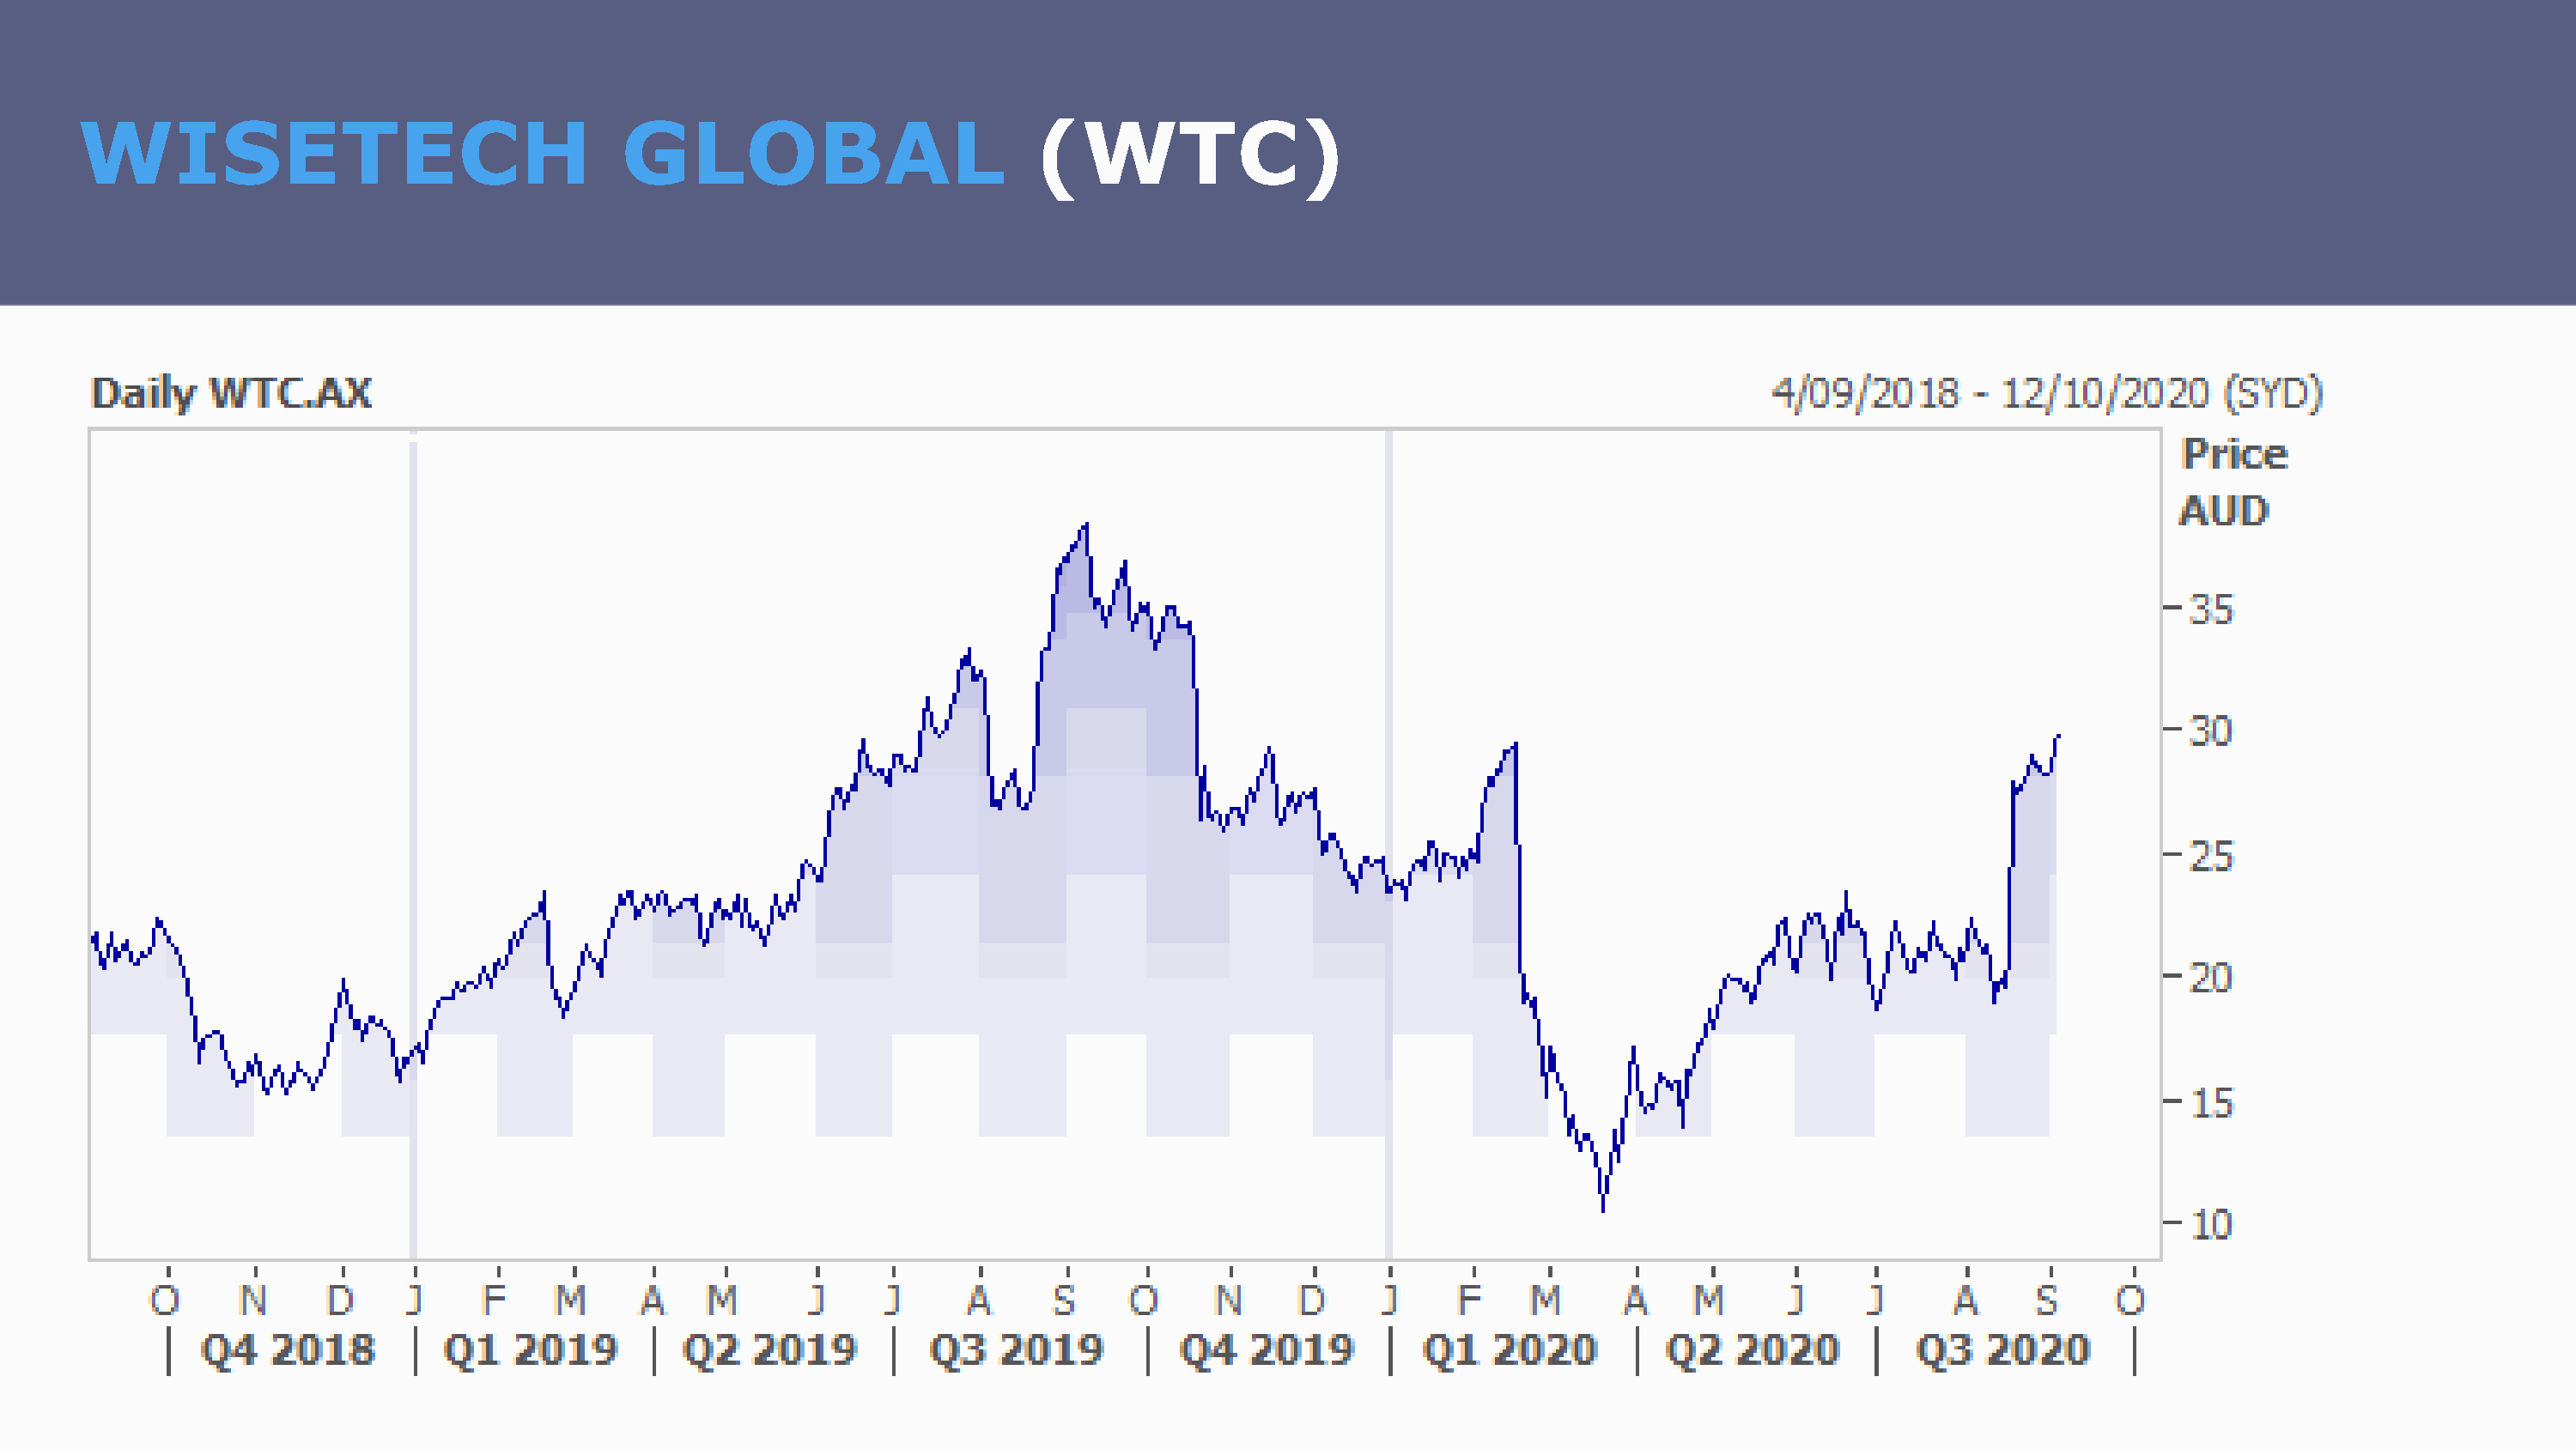
WISETECH                                  GLOBAL                          (WTC)